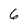
Character: 6